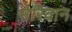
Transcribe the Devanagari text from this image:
मेरिवान